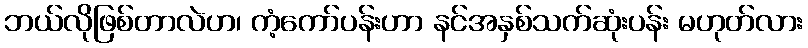
ဘယ်လိုဖြစ်တာလဲဟ၊ ကံ့ကော်ပန်းဟာ နင်အနှစ်သက်ဆုံးပန်း မဟုတ်လား